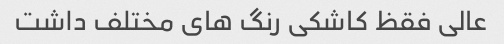
عالی فقظ کاشکی رنگ های مختلف داشت